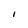
Character: I